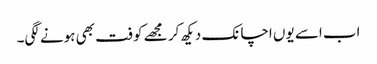
اب اسے یوں اچانک دیکھ کر مجھے کوفت بھی ہونے لگی۔